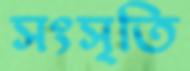
সংসৃতি